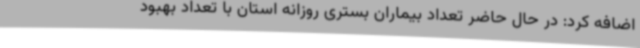
اضافه کرد: در حال حاضر تعداد بیماران بستری روزانه استان با تعداد بهبود